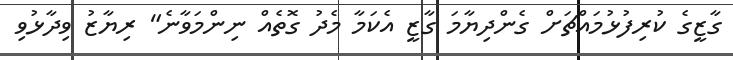
ގާޒީގެ ކުރިފުޅުމައްޗަށް ގެންދިޔާމަ ގާޒީ އެކަމާ މެދު ގޮތެއް ނިންމަވާނެ" ރިޔާޒު ވިދާޅުވި